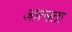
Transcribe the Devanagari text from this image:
आत्मता